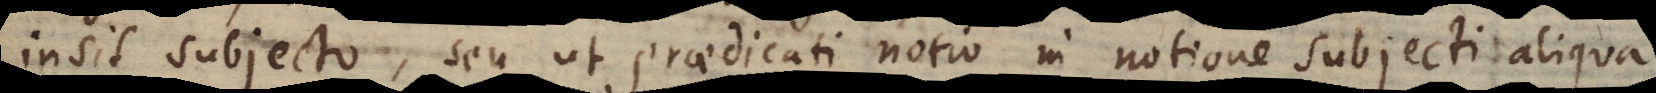
insit subjecto, seu ut praedicati notio in notione subjecti aliqua